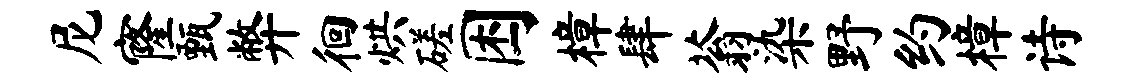
尼窿甄弊徊烘磋困樟肆蓊染野约樟诗